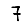
Digit: 7